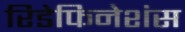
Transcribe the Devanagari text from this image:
रिडेफिनेशंस